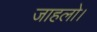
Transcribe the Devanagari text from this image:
जाहलो।